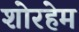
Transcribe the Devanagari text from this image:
शोरहेम